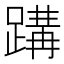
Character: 𮜂